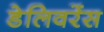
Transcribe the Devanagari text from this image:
डेलिवरेंस